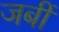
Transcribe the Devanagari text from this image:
जबीं